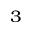
_ 3